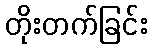
တိုးတက်ခြင်း